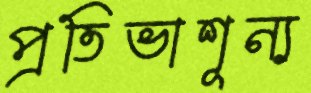
প্রতিভাশূন্য